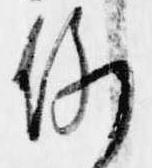
例